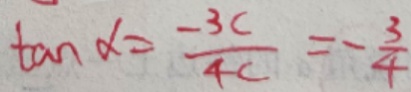
\tan \alpha = \frac { - 3 c } { 4 c } = - \frac { 3 } { 4 }